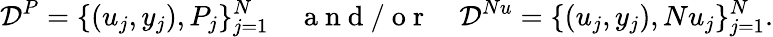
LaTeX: \mathcal{D}^{P}=\{ (u_{j},y_{j}),P_{j}\} _{j=1}^{N}\quad\mathrm{~a~n~d~/~o~r~}\quad\mathcal{D}^{Nu}=\{ (u_{j},y_{j}),Nu_{j}\} _{j=1}^{N}.